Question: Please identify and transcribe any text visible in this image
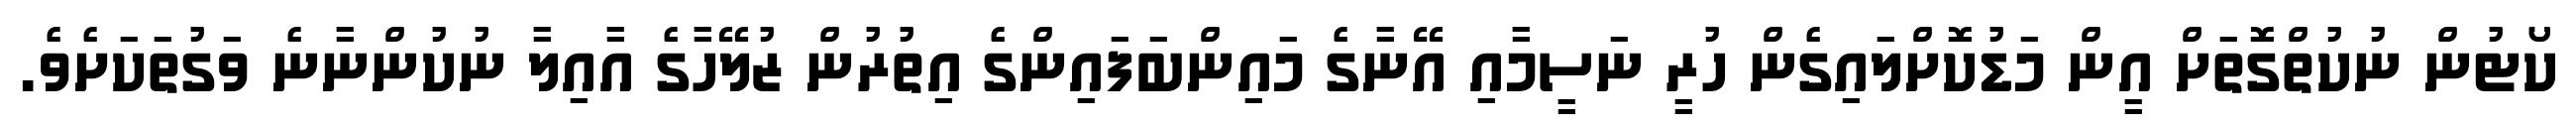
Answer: ކޯޓުން ނުކުތްގޮތަށް އީން މަޑުކޮށްލައިގެން ހުރީ ނަސީމާއި އޭނާގެ މައިންބަފައިންގެ އިތުރުން ޒުލޭހާގެ އާއިލާ ނުކުންނާނެ ވަގުތަކަށެވެ.